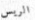
الريس